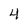
Character: 4